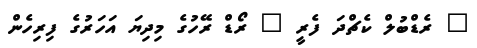
" ރެޑްބުލް ކެޗްދަ ފެރީ " ރޯޑް ރޭހުގެ މިދިޔަ އަހަރުގެ ފިރިހެން